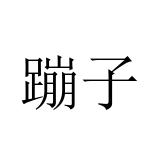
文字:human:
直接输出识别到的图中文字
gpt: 蹦子